Insane asylums in Bengal annual reports 1876-1887 - 1876-1887
Year: 1876
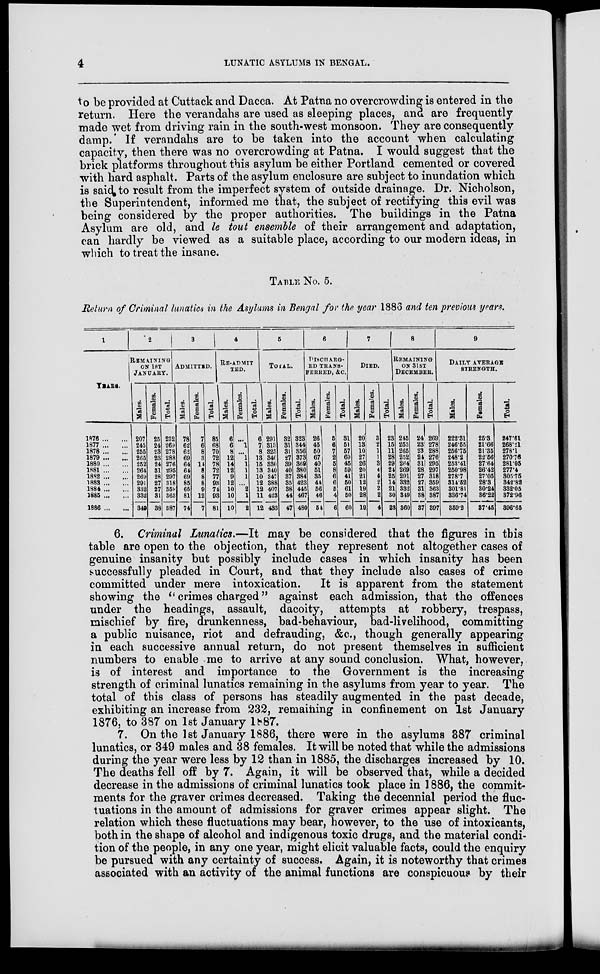
4
LUNATIC ASYLUMS IN BENGAL.
to be provided at Cuttack and Dacca. At Patna no overcrowding is entered in the
return. Here the verandahs are used as sleeping places, and are frequently
made wet from driving rain in the south-west monsoon. They are consequently
damp. If verandahs are to be taken into the account when calculating
capacity, then there was no overcrowding at Patna. I would suggest that the
brick platforms throughout this asylum be either Portland cemented or covered
with hard asphalt. Parts of the asylum enclosure are subject to inundation which
is said to result from the imperfect system of outside drainage. Dr. Nicholson,
the Superintendent, informed me that, the subject of rectifying this evil was
being considered by the proper authorities. The buildings in the Patna
Asylum are old, and le tout ensemble of their arrangement and adaptation,
can hardly be viewed as a suitable place, according to our modern ideas, in
which to treat the insane.
TABLE NO. 5.
Return of Criminal lunatics in the Asylums in Bengal for the year 1886 and ten previous years.
1
YEARS.
1876 ... ...
1877 ... ...
1878 ... ...
1879 ... ...
1880 ... ...
1881 ... ...
18S2 ... ...
1883 ... ...
1884 ... ...
1885 ... ...
1886 ... ...
2
REMAINING
ON 1ST
JANUARY.
Males.
207
245
255
265
252
264
269
291
332
332
349
Females.
25
24
23
23
24
31
28
27
27
31
38
Total.
232
269
278
288
276
295
297
318
359
363
387
3
ADMITTED
Males.
78
62
62
69
64
64
69
85
65
81
74
Females.
7
6
8
3
14
8
8
8
9
12
7
Total.
85
68
70
72
78
72
77
93
74
93
81
4
RE-ADMIT
TED.
Males.
6
6
8
12
14
12
9
12
10
10
10
Females.
...
1
...
1
1
1
1
...
2
1
2
Total.
6
7
8
13
15
13
10
12
12
11
12
5
TOTAL.
Males.
291
313
326
346
330
340
347
388
407
423
433
Females.
32
31
31
27
39
40
37
35
38
44
47
Total.
323
44
856
373
369
380
384
423
445
467
480
6
DISCHARG-
ED TRANS-
FERRED, &C.
Males.
26
45
50
67
40
51
35
44
56
46
54
Females.
5
6
7
2
5
8
6
6
5
4
6
Total.
31
51
57
69
45
59
41
50
61
50
60
7
DIED.
Males.
20
13
10
27
26
20
21
12
19
28
19
Females.
3
2
1
1
3
4
4
2
2
2
4
Total.
23
15
11
28
29
24
25
14
21
30
23
8
REMAINING
ON 31ST
DECEMBER.
Males.
245
253
265
252
284
269
201
332
332
349
360
Females.
24
23
23
24
3l
28
27
27
31
38
37
Total.
269
278
288
276
295
297
318
359
363
387
397
9
DAILY AVERAGE
STRENGTH.
Males.
222.81
246.55
256.75
248.2
253.41
250.98
278.7
314.52
301.81
336.74
359.2
Females.
25.3
21.66
21.35
22.56
27.64
26.42
27.05
288
30.24
36.22
37.45
Total.
247.61
268.21
278.1
270.76
281.05
277.4
305.75
342.82
332.05
372.96
396.65
6. Criminal Lunatics.—It may be considered that the figures in this
table are open to the objection, that they represent not altogether cases of
genuine insanity but possibly include cases in which insanity has been
successfully pleaded in Court, and that they include also cases of crime
committed under mere intoxication.
It is apparent from the statement
showing the "crimes charged" against each admission, that the offences
under the headings, assault, dacoity, attempts at robbery, trespass,
mischief by fire, drunkenness, bad-behaviour, bad-livelihood, committing
a public nuisance, riot and defrauding, &c, though generally appearing
in each successive annual return, do not present themselves in sufficient
numbers to enable me to arrive at any sound conclusion. What, however,
is of interest and importance to the Government is the increasing
strength of criminal lunatics remaining in the asylums from year to year. The
total of this class of persons has steadily augmented in the past decade,
exhibiting an increase from 232, remaining in confinement on 1st January
1876, to 387 on 1st January 1887.
7. On the 1st January 1886, there were in the asylums 387 criminal
lunatics, or 349 males and 38 females. It will be noted that while the admissions
during the year were less by 12 than in 1885, the discharges increased by 10.
The deaths fell off by 7. Again, it will be observed that, while a decided
decrease in the admissions of criminal lunatics took place in 1886, the commit-
ments for the graver crimes decreased. Taking the decennial period the fluc-
tuations in the amount of admissions for graver crimes appear slight. The
relation which these fluctuations may bear, however, to the use of intoxicants,
both in the shape of alcohol and indigenous toxic drugs, and the material condi-
tion of the people, in any one year, might elicit valuable facts, could the enquiry
be pursued with any certainty of success. Again, it is noteworthy that crimes
associated with an activity of the animal functions are conspicuous by their